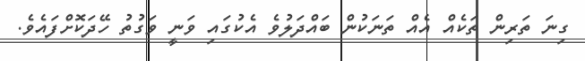
ގިނަ ތަރިން ތަކެއް އެއް ތަނަކުން ބައްދަލުވެ އެކުގައި ވަނީ ވަގުތު ހޭދަކޮށްފައެވެ.